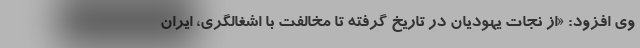
وی افزود: «از نجات یهودیان در تاریخ گرفته تا مخالفت با اشغالگری، ایران